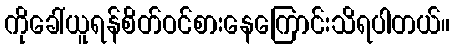
ကိုခေါ်ယူရန်စိတ်ဝင်စားနေကြောင်းသိရပါတယ်။